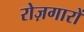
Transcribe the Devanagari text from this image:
रोज़गारों